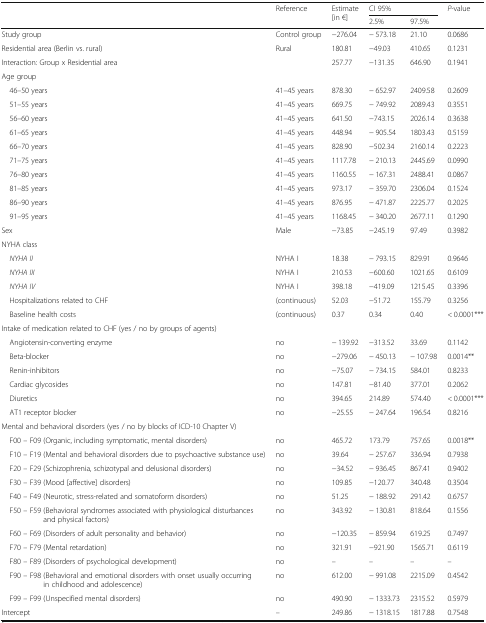
<table><thead><tr><td rowspan="2"></td><td rowspan="2"><b>Reference</b></td><td rowspan="2"><b>Estimate[in €]</b></td><td colspan="2"><b>CI 95%</b></td><td rowspan="2"><b><i>P</i>-value</b></td></tr><tr><td><b>2.5%</b></td><td><b>97.5%</b></td></tr></thead><tbody><tr><td>Study group</td><td>Control group</td><td>−276.04</td><td>− 573.18</td><td>21.10</td><td>0.0686</td></tr><tr><td>Residential area (Berlin vs. rural)</td><td>Rural</td><td>180.81</td><td>−49.03</td><td>410.65</td><td>0.1231</td></tr><tr><td colspan="2">Interaction: Group x Residential area</td><td>257.77</td><td>−131.35</td><td>646.90</td><td>0.1941</td></tr><tr><td colspan="6">Age group</td></tr><tr><td> 46–50 years</td><td>41–45 years</td><td>878.30</td><td>− 652.97</td><td>2409.58</td><td>0.2609</td></tr><tr><td> 51–55 years</td><td>41–45 years</td><td>669.75</td><td>− 749.92</td><td>2089.43</td><td>0.3551</td></tr><tr><td> 56–60 years</td><td>41–45 years</td><td>641.50</td><td>−743.15</td><td>2026.14</td><td>0.3638</td></tr><tr><td> 61–65 years</td><td>41–45 years</td><td>448.94</td><td>− 905.54</td><td>1803.43</td><td>0.5159</td></tr><tr><td> 66–70 years</td><td>41–45 years</td><td>828.90</td><td>−502.34</td><td>2160.14</td><td>0.2223</td></tr><tr><td> 71–75 years</td><td>41–45 years</td><td>1117.78</td><td>− 210.13</td><td>2445.69</td><td>0.0990</td></tr><tr><td> 76–80 years</td><td>41–45 years</td><td>1160.55</td><td>− 167.31</td><td>2488.41</td><td>0.0867</td></tr><tr><td> 81–85 years</td><td>41–45 years</td><td>973.17</td><td>− 359.70</td><td>2306.04</td><td>0.1524</td></tr><tr><td> 86–90 years</td><td>41–45 years</td><td>876.95</td><td>− 471.87</td><td>2225.77</td><td>0.2025</td></tr><tr><td> 91–95 years</td><td>41–45 years</td><td>1168.45</td><td>− 340.20</td><td>2677.11</td><td>0.1290</td></tr><tr><td>Sex</td><td>Male</td><td>−73.85</td><td>−245.19</td><td>97.49</td><td>0.3982</td></tr><tr><td colspan="6">NYHA class</td></tr><tr><td> <i>NYHA II</i></td><td>NYHA I</td><td>18.38</td><td>− 793.15</td><td>829.91</td><td>0.9646</td></tr><tr><td> <i>NYHA III</i></td><td>NYHA I</td><td>210.53</td><td>−600.60</td><td>1021.65</td><td>0.6109</td></tr><tr><td> <i>NYHA IV</i></td><td>NYHA I</td><td>398.18</td><td>−419.09</td><td>1215.45</td><td>0.3396</td></tr><tr><td> Hospitalizations related to CHF</td><td>(continuous)</td><td>52.03</td><td>−51.72</td><td>155.79</td><td>0.3256</td></tr><tr><td> Baseline health costs</td><td>(continuous)</td><td>0.37</td><td>0.34</td><td>0.40</td><td>&lt; 0.0001***</td></tr><tr><td colspan="6">Intake of medication related to CHF (yes / no by groups of agents)</td></tr><tr><td> Angiotensin-converting enzyme</td><td>no</td><td>− 139.92</td><td>−313.52</td><td>33.69</td><td>0.1142</td></tr><tr><td> Beta-blocker</td><td>no</td><td>−279.06</td><td>− 450.13</td><td>− 107.98</td><td>0.0014**</td></tr><tr><td> Renin-inhibitors</td><td>no</td><td>−75.07</td><td>− 734.15</td><td>584.01</td><td>0.8233</td></tr><tr><td> Cardiac glycosides</td><td>no</td><td>147.81</td><td>−81.40</td><td>377.01</td><td>0.2062</td></tr><tr><td> Diuretics</td><td>no</td><td>394.65</td><td>214.89</td><td>574.40</td><td>&lt; 0.0001***</td></tr><tr><td> AT1 receptor blocker</td><td>no</td><td>−25.55</td><td>− 247.64</td><td>196.54</td><td>0.8216</td></tr><tr><td colspan="6">Mental and behavioral disorders (yes / no by blocks of ICD-10 Chapter V)</td></tr><tr><td> F00 – F09 (Organic, including symptomatic, mental disorders)</td><td>no</td><td>465.72</td><td>173.79</td><td>757.65</td><td>0.0018**</td></tr><tr><td> F10 – F19 (Mental and behavioral disorders due to psychoactive substance use)</td><td>no</td><td>39.64</td><td>− 257.67</td><td>336.94</td><td>0.7938</td></tr><tr><td> F20 – F29 (Schizophrenia, schizotypal and delusional disorders)</td><td>no</td><td>−34.52</td><td>− 936.45</td><td>867.41</td><td>0.9402</td></tr><tr><td> F30 – F39 (Mood [affective] disorders)</td><td>no</td><td>109.85</td><td>−120.77</td><td>340.48</td><td>0.3504</td></tr><tr><td> F40 – F49 (Neurotic, stress-related and somatoform disorders)</td><td>no</td><td>51.25</td><td>− 188.92</td><td>291.42</td><td>0.6757</td></tr><tr><td> F50 – F59 (Behavioral syndromes associated with physiological disturbances and physical factors)</td><td>no</td><td>343.92</td><td>− 130.81</td><td>818.64</td><td>0.1556</td></tr><tr><td> F60 – F69 (Disorders of adult personality and behavior)</td><td>no</td><td>−120.35</td><td>− 859.94</td><td>619.25</td><td>0.7497</td></tr><tr><td> F70 – F79 (Mental retardation)</td><td>no</td><td>321.91</td><td>−921.90</td><td>1565.71</td><td>0.6119</td></tr><tr><td> F80 – F89 (Disorders of psychological development)</td><td>no</td><td>–</td><td>–</td><td>–</td><td>–</td></tr><tr><td> F90 – F98 (Behavioral and emotional disorders with onset usually occurring in childhood and adolescence)</td><td>no</td><td>612.00</td><td>− 991.08</td><td>2215.09</td><td>0.4542</td></tr><tr><td> F99 – F99 (Unspecified mental disorders)</td><td>no</td><td>490.90</td><td>− 1333.73</td><td>2315.52</td><td>0.5979</td></tr><tr><td>Intercept</td><td>–</td><td>249.86</td><td>− 1318.15</td><td>1817.88</td><td>0.7548</td></tr></tbody></table>